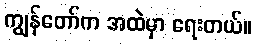
ကျွန်တော်က အထဲမှာ ရေးတယ်။